[Report on the health of British troops in the Madras command]
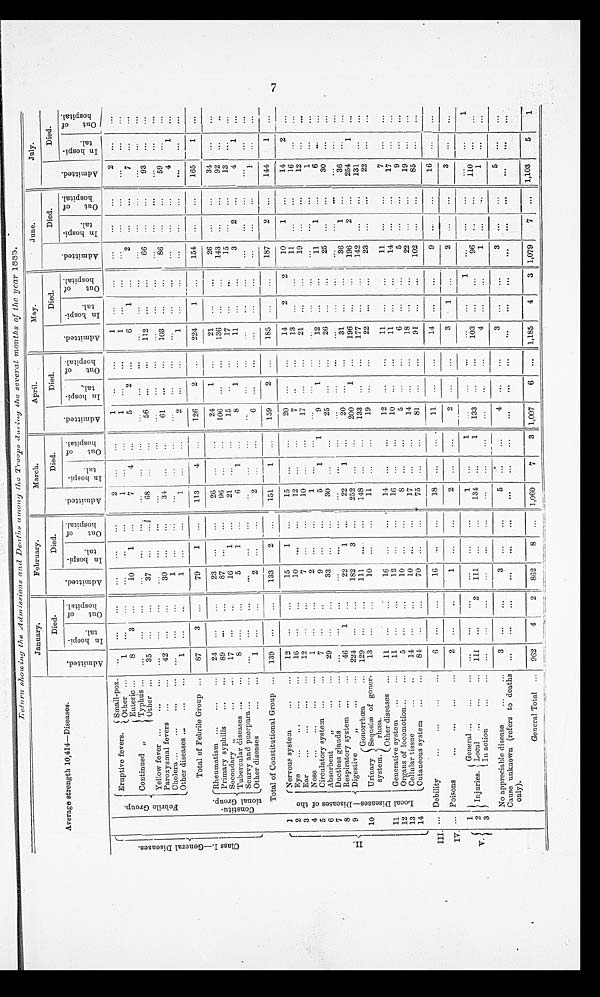
Return showing the Admissions and Deaths among
Troops
during the several months of the year 1885.
Average strength 10,414—Diseases.
January.
February.
March.
April.
May.
June.
July.
Admitted.
Died.
A d m i t t e d .
Died.
A d m i t t e d .
Died.
Admitted.
Died.
A d m i t t e d .
Died.
Admitted.
Died.
A d m i t t e d .
Died.
I n H o s p i t a l .
O u t o f H o s p i t a l .
I n H o s p i t a l .
Out of Hospital.
I n H o s p i t a l .
Out of Hospital.
I n H o s p i t a l .
Out of Hospital.
I n H o s p i t a l .
O u t o f H o s p i t a l .
I n H o s p i t a l
Out of Hospital.
I n H o s p i t a l .
Out of Hospital.
C l a s s I . — G e n e r a l D i s e a s e .
F e b r i l e G r o u p . Eruptive fevers.
Small-pox. ...
...
...
...
...
. . .
2 ...
...
1 ...
...
1
...
...
...
... ...
2 ...
...
Other ...
1
... ...
...
...
...
1
...
...
1
...
...
1 ...
...
...
...
...
...
...
...
Continued ,,
Enteric ...
8
3 ...
10
1
...
7
4 ...
5
2 ...
6
1
...
2 ...
...
7
...
...
Typhus ... ...
...
...
...
...
...
...
...
...
...
...
...
...
...
...
...
...
...
...
...
Other ...
35
..
...
37 ...
...
68 ...
...
56 ...
...
112
...
...
66 ...
...
93 ...
...
Yelow fever ...
...
... ...
...
...
...
...
...
... ...
...
...
...
...
...
...
...
...
...
...
...
...
Paroxysma fevers ...
...
42
...
...
30
...
...
34 ... ...
61
...
...
103
...
...
86 ... ...
59 ...
...
Cholera ...
...
... ... ...
...
...
1
...
...
... ... ...
...
...
...
...
... ...
...
...
...
4
1
...
Other diseases ...
... ...
1
...
... ... ... ...
1 ... ...
2 ...
...
1
...
...
...
...
... ...
...
...
Total of Febrile Group ...
87
3 ...
79
1
...
113
4
...
126
2 ...
224
1
...
154 ...
...
165 ... ...
C o n s t i t u t i o n a l G r o u p .
Rheumatism ...
...
...
24
...
...
23
...
...
26
...
...
24
1
...
21 ...
...
26 ...
...
34 ...
...
Primary syphilis
...
89 ...
...
87
... ...
96 ...
...
106
... ...
136 ... ...
143
... ...
92 ...
...
Secondary „
...
...
17
... ...
16
1
...
21
...
...
15 ... ...
17 ... ...
15 ...
...
13 ...
...
Tubercular diseases ...
... ... ...
...
5
1
...
6
1 ...
8 ...
...
11 ...
...
3
2
...
4
1 ...
Scurvy and puerpura ...
... ... ...
...
...
...
... ...
...
...
...
...
...
...
... ...
...
... ...
...
...
...
diseases
......
1 ... ...
2 ... ... ... ...
...
6 ...
... ... ...
...
...
...
...
1 ...
...
Total of Constitutional Group ... 139 ...
...
133
2
...
151
1
...
159
2 ...
185
...
...
...
187
2 ...
144
1 ...
II.
1
Nervous system
...
...
12
...
...
15
1 ...
15 ...
...
20 ...
...
14
2
2
10
1 ...
14
2 ...
2
Eye
...
...
...
16
...
...
10 ...
...
12
... ...
7 ...
...
13
...
...
11
...
...
16
...
...
3
Ear
... ... ... ...
12
...
...
7
...
...
10 ...
...
17
... ...
21
...
... 19 ...
...
12 ...
...
4
Nose ... ... ... ...
1
... ...
2 ...
...
1 ... ...
...
...
... ...
...
... ...
...
...
1 ...
...
5
Circulatory system ... ...
7
...
..
9
...
...
5
1 ...
9
1 ...
12 ...
... 11
1
...
6 ...
...
6
Absorbent
,,
... ...
29 ...
...
33 ...
...
30 ...
...
25 ...
...
26 ...
...
25 ...
...
30 ...
...
7
Ductless glands
...
... ...
...
...
... ... ... ...
...
...
...
...
...
... ...
...
...
...
...
... ...
...
8
Respiratory system ... ... 46
1 ...
22
1 ...
22
1
...
20 ...
...
31
...
...
36
1
...
36 ...
...
9
Digestive
,,
... ... 224 ...
...
182
3 ... 252 ...
...
200
1
...
196 ...
...
196
2 ...
254
1 ...
10
Urinary
system.
Gonorrhœa
... 129
...
...
111 ... ...
148 ...
...
133 ...
...
177 ...
...
142 ...
...
131 ... ...
Sequelæ of gonor-
rhœ.
13
... ...
10 ...
...
11 ...
...
19 ... ...
22
...
...
23 ...
...
22 ...
...
Other diseases ...
11
...
...
16
...
...
14 ...
...
12 ...
...
11 ...
...
11
...
...
7 ...
...
11
Generative system ...
...
11
...
...
12
... ...
16
... ...
10
...
...
11
...
...
14 ...
...
17 ...
...
12
Organs of locomotion... ... ... ... ... ...
10 ... ...
8 ...
...
5 ...
...
6 ...
...
5 ...
...
9 ...
...
13
Cellular tissue
... ... 14 ...
...
10 ...
...
17 ...
...
14 ...
...
18 ...
...
22
...
...
19 ... ...
14
Cutaneous system ...
...
84
...
...
7
...
...
75
...
...
81
...
...
91
...
...
102 ...
...
85 ...
...
III. ... Debility
... ... ... ...
6
...
...
16
...
...
18 ...
...
11
...
...
14 ...
...
9
...
...
16 ...
...
IV. ... Poisons
... ... ...
... ... ... ...
1
...
...
2 ...
...
2 ...
...
3
1 ...
2 ...
...
3 ...
...
1
Injuries.
General ...
... ... ...
...
...
...
...
...
1 ...
1
...
...
...
...
...
1
...
...
...
...
...
1
V. 2
Local ...
...
... 111
...
2
111 ... ...
134 ...
1
133 ...
...
103 ...
...
96 ...
...
110 ...
...
3
In action
...
... ...
...
...
...
...
...
...
...
...
...
... ...
4 ...
... ... ... ...
1
...
...
No appreciable disease
... ...
3
..
...
3
... ...
5
...
...
4 ...
...
3 ...
...
3 ...
...
5 ...
...
Cause unknown (refers to deaths
only).
...
... ... ...
...
...
...
...
... ... ...
...
... ...
...
...
...
... ...
...
...
General Total ... 962
4
2
862
8 ... 1,060
7
3 1,007
6
.. 1,185
4
3
1,079
7 ... 1,103
5
1